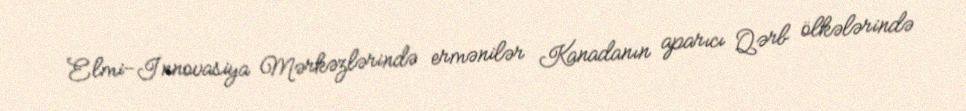
Elmi-İnnovasiya Mərkəzlərində ermənilər Kanadanın aparıcı Qərb ölkələrində